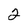
Character: 2